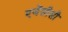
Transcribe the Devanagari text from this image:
एजेंसीसी